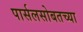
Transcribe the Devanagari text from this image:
पार्सलसोबतच्या